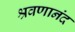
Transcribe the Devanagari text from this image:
श्रवणानंद